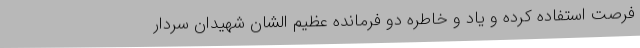
فرصت استفاده کرده و یاد و خاطره دو فرمانده عظیم الشان شهیدان سردار